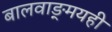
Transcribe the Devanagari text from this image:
बालवाङ्‌मयही